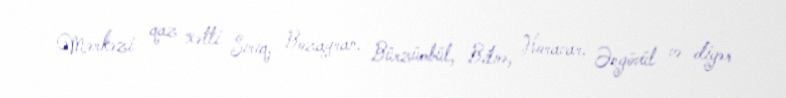
Mərkəzi qaz xətti Sırıq, Bozayran, Bürzümbül, Bilnə, Horavar, Əngövül və digər